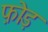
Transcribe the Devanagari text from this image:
फ़ोड़